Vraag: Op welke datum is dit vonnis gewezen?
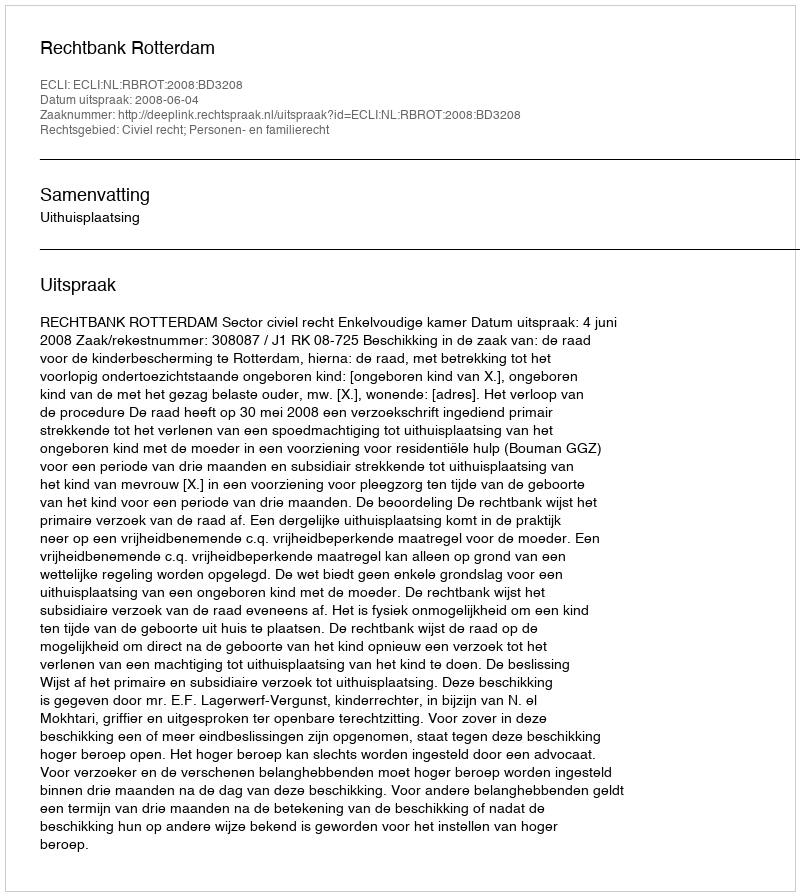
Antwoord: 2008-06-04